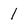
Character: 1